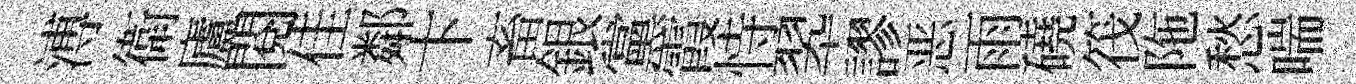
溥衛廬閱佳鄰卞畜銀黨霞恃翆謬恶雨磽筏陁愁喘